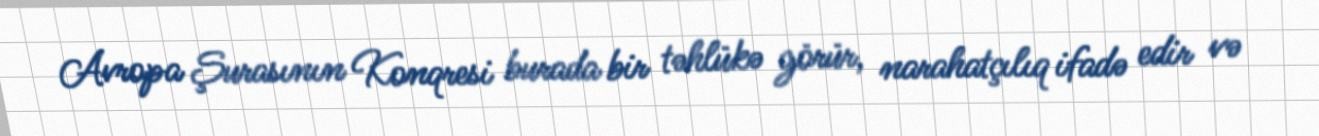
Avropa Şurasının Konqresi burada bir təhlükə görür, narahatçılıq ifadə edir və